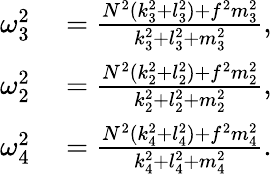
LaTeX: \begin{array}{rl}{\omega_{3}^{2}}&{{}=\frac{N^{2}(k_{3}^{2}+l_{3}^{2})+f^{2}m_{3}^{2}}{k_{3}^{2}+l_{3}^{2}+m_{3}^{2}},}\\ {\omega_{2}^{2}}&{{}=\frac{N^{2}(k_{2}^{2}+l_{2}^{2})+f^{2}m_{2}^{2}}{k_{2}^{2}+l_{2}^{2}+m_{2}^{2}},}\\ {\omega_{4}^{2}}&{{}=\frac{N^{2}(k_{4}^{2}+l_{4}^{2})+f^{2}m_{4}^{2}}{k_{4}^{2}+l_{4}^{2}+m_{4}^{2}}.}\end{array}